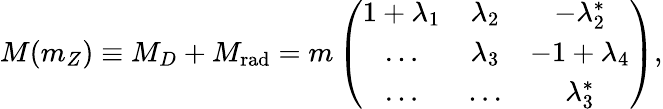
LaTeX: M(m_{Z})\equiv M_{D}+M_{\mathrm{rad}}=m\left(\begin{array}{ccc}{{1+\lambda_{1}}}&{{\lambda_{2}}}&{{-\lambda_{2}^{*}}}\\ {{\dots}}&{{\lambda_{3}}}&{{-1+\lambda_{4}}}\\ {{\dots}}&{{\dots}}&{{\lambda_{3}^{*}}}\end{array}\right),